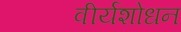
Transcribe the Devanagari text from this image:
वीर्यशोधन